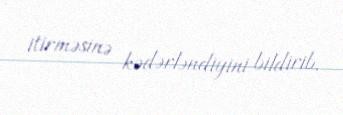
itirməsinə kədərləndiyini bildirib.